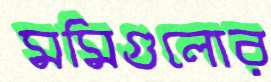
মমিগুলোর